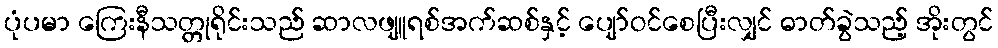
ပုံပမာ ကြေးနီသတ္တုရိုင်းသည် ဆာလဖျူရစ်အက်ဆစ်နှင့် ပျော်ဝင်စေပြီးလျှင် ဓာတ်ခွဲသည့် အိုးတွင်